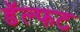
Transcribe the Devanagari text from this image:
डॅल्फट